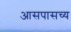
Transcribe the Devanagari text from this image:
आसपासच्य